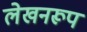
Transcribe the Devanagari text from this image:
लेखनरूप